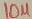
Text: 10µ